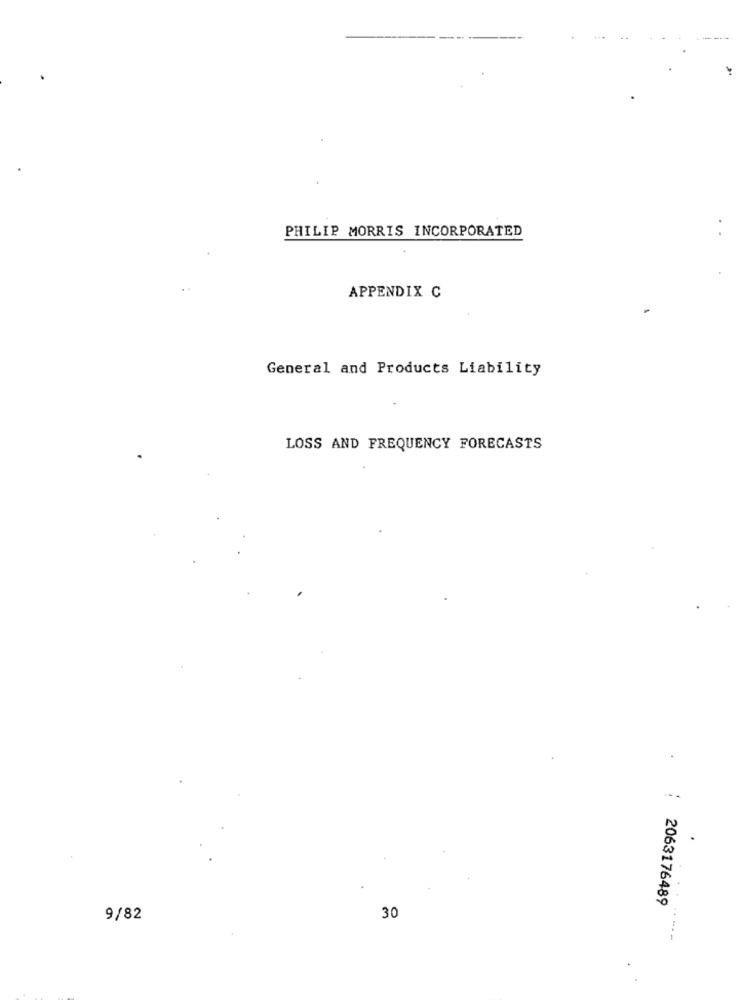
PHILIP MORRIS INCORPORATED
APPENDIX C
General and Products Liability
.
LOSS AND FREQUENCY FORECASTS
2063176489
30
9/82